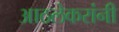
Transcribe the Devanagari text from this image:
आठलेकरांनी